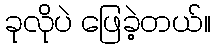
ခုလိုပဲ ဖြေခဲ့တယ်။